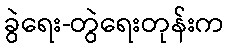
ခွဲရေး-တွဲရေးတုန်းက